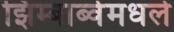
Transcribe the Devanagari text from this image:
झिम्बाब्वेमधले